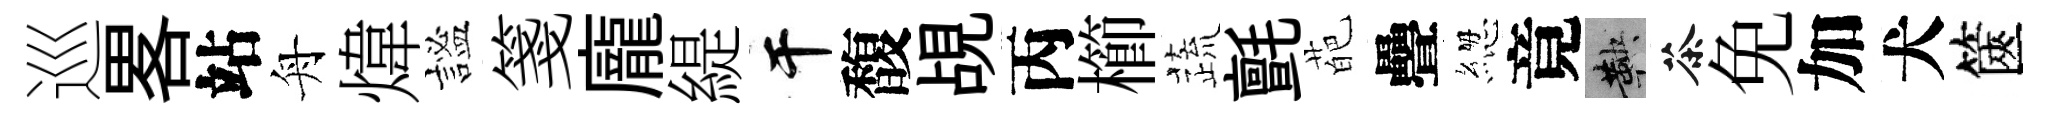
巡畧站舟煒謐箋龐緹干馥覘丙櫛蔬氈葩疊緫竟鞅茶免加犬篋